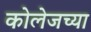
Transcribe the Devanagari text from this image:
कोलेजच्या